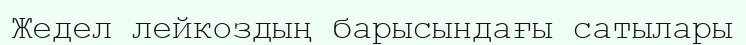
Жедел лейкоздың барысындағы сатылары